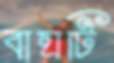
বাঘটি